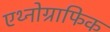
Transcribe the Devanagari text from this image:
एथ्नोग्राफिक